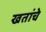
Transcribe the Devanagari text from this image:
खतांचे